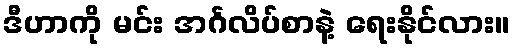
ဒီဟာကို မင်း အင်္ဂလိပ်စာနဲ့ ရေးနိုင်လား။